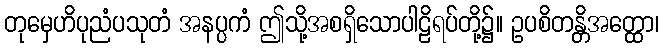
တုမှေဟိပုညံပသုတံ အနပ္ပကံ ဤသို့အစရှိသောပါဠိရပ်တို့၌။ ဥပစိတန္တိအတ္ထော၊